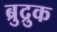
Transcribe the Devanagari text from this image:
ब्रुद्रुक